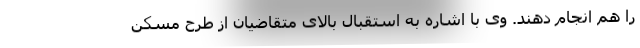
را هم انجام دهند. وی با اشاره به استقبال بالای متقاضیان از طرح مسکن